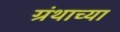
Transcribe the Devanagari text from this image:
ग्रंथाच्‍या